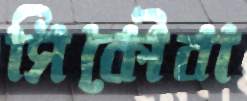
সিকৌবা